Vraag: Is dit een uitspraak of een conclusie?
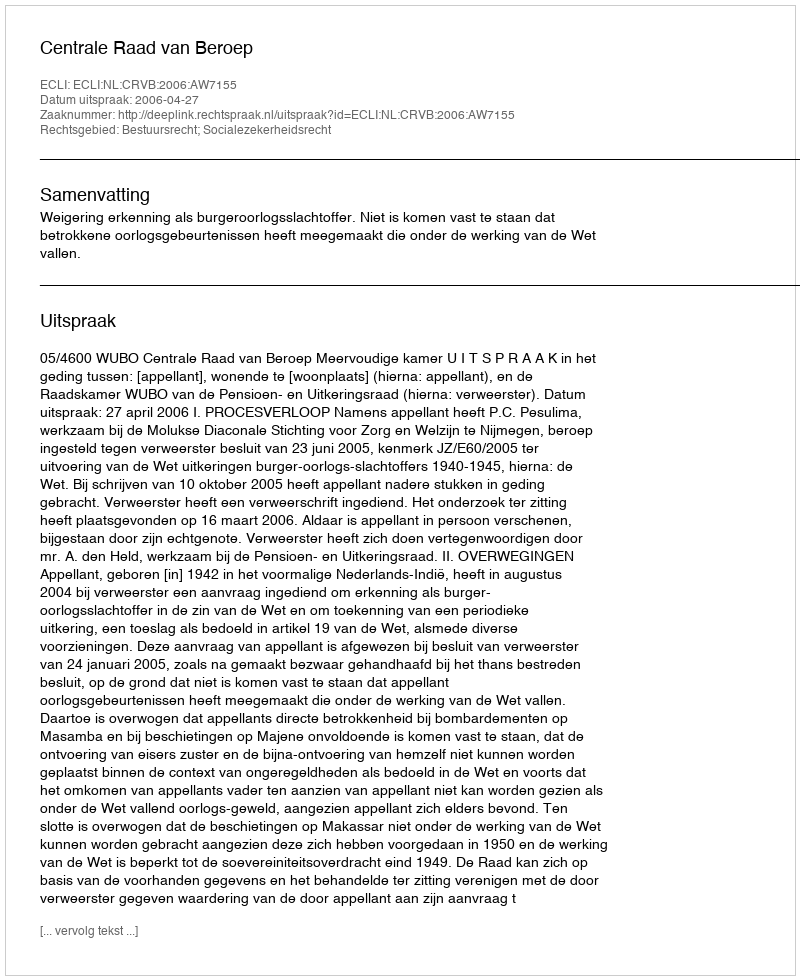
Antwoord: Uitspraak